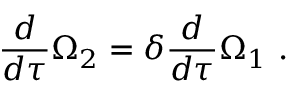
\frac { d } { d \tau } \Omega _ { 2 } = \delta \frac { d } { d \tau } \Omega _ { 1 } \ .